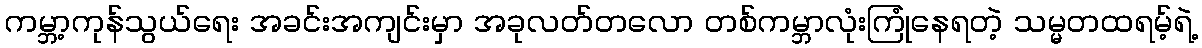
ကမ္ဘာ့ကုန်သွယ်ရေး အခင်းအကျင်းမှာ အခုလတ်တလော တစ်ကမ္ဘာလုံးကြုံနေရတဲ့ သမ္မတထရမ့်ရဲ့